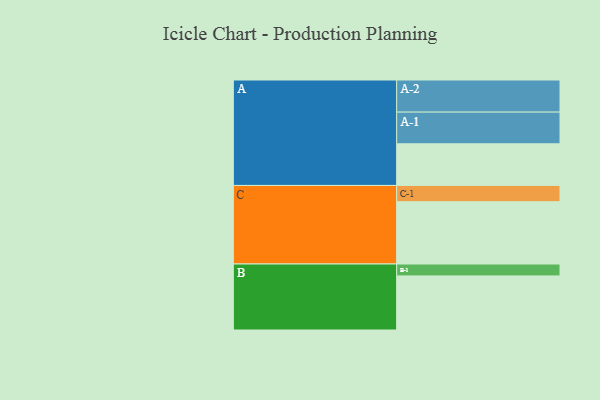
{"axis": {"x": "Segment", "y": "Value"}, "legend": ["", "A", "B", "C"], "data": [{"x": "A", "y": 381, "type": ""}, {"x": "B", "y": 495, "type": ""}, {"x": "C", "y": 570, "type": ""}, {"x": "A-1", "y": 290, "type": "A"}, {"x": "A-2", "y": 294, "type": "A"}, {"x": "B-1", "y": 109, "type": "B"}, {"x": "C-1", "y": 149, "type": "C"}]}